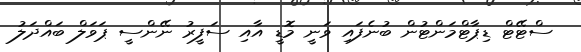
ސްޓޭޓް ޑިޕާޓްމަންޓުން ބުނެފައި ވަނީ މޮޑީ އާއި ސަފީރު ނޭންސީ ޕަވަލް ބައްދަލު